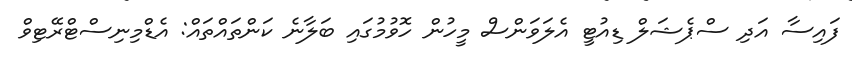
ފައިސާ އަދި ސްޕެޝަލް ޑިއުޓީ އެލަވަންސް މީހުން ހޮވުމުގައި ބަލާނެ ކަންތައްތައް: އެޑްމިނިސްޓްރޭޓިވް